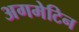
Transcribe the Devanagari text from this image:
अगमेटिन